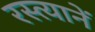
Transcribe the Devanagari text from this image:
रस्त्यानें